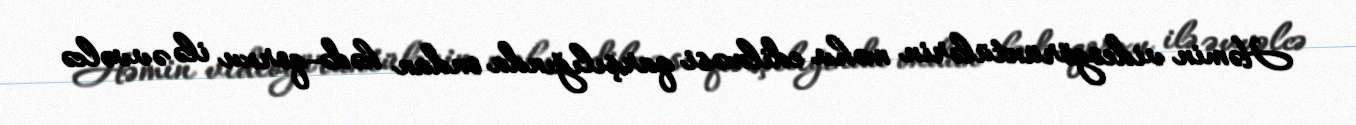
Həmin videogörüntülərin məhv edilməsi qarşılığında ondan hədə-qorxu ilə əvvəlcə